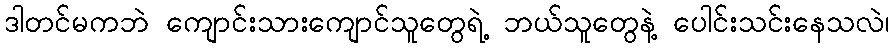
ဒါတင်မကဘဲ ကျောင်းသားကျောင်သူတွေရဲ့ ဘယ်သူတွေနဲ့ ပေါင်းသင်းနေသလဲ၊